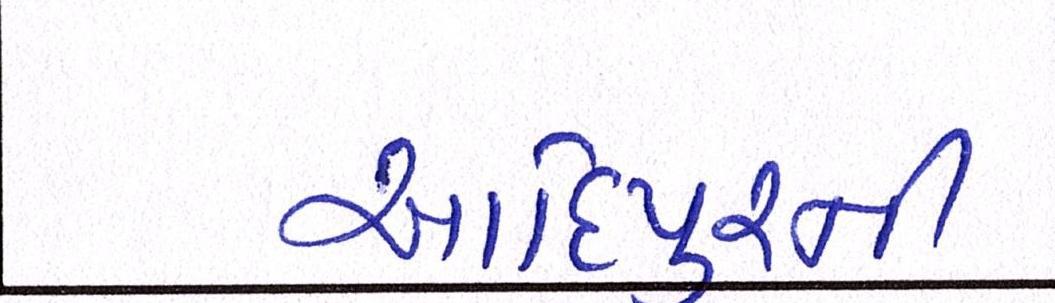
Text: આદિપુરની